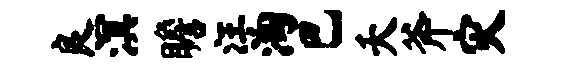
良溟瞻汪淘巴夭斧灾